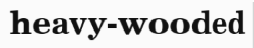
heavy-wooded